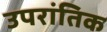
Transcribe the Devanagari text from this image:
उपरांतिक